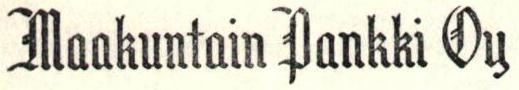
Maakuntain Pankki Oy